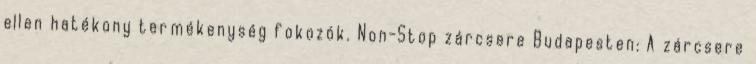
ellen hatékony termékenység fokozók. Non-Stop zárcsere Budapesten: A zárcsere